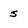
Character: s